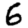
Digit: 6